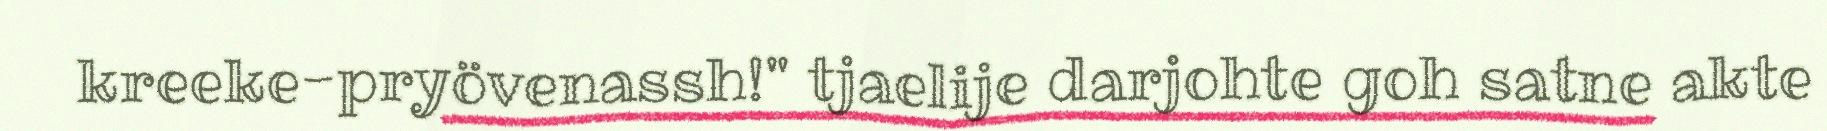
kreeke-pryövenassh!" tjaelije darjohte goh satne akte